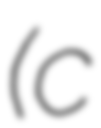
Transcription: (c